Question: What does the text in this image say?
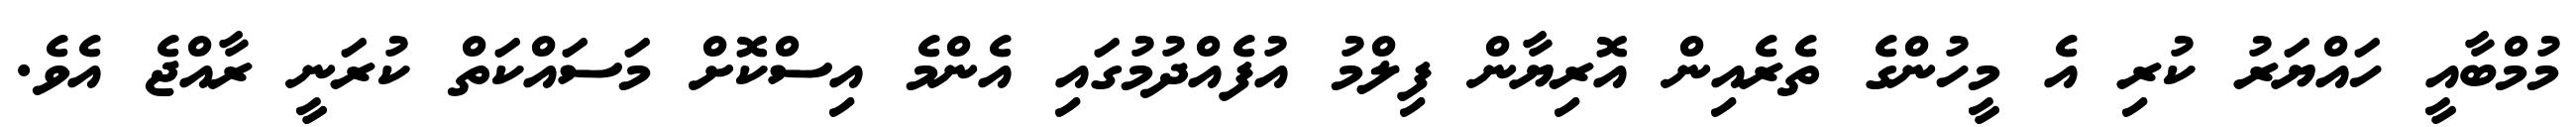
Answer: މުމްބާއީ ހައްޔަރު ކުރި އެ މީހުންގެ ތެރެއިން އޮރިޔާން ފިލްމު އުފެއްދުމުގައި އެންމެ އިސްކޮށް މަސައްކަތް ކުރަނީ ރާއްޖެ އެވެ.